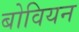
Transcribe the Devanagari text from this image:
बोवियन